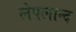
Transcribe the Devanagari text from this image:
लेपलान्द